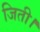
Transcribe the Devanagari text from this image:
जिती।